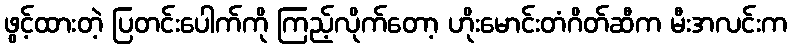
ဖွင့်ထားတဲ့ ပြတင်းပေါက်ကို ကြည့်လိုက်တော့ ဟိုးမောင်းတံဂိတ်ဆီက မီးအလင်းက